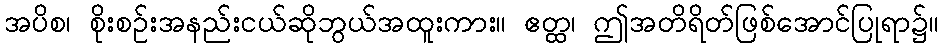
အပိစ၊ စိုးစဉ်းအနည်းငယ်ဆိုဘွယ်အထူးကား။ ဧတ္ထ၊ ဤအတိရိတ်ဖြစ်အောင်ပြုရာ၌။